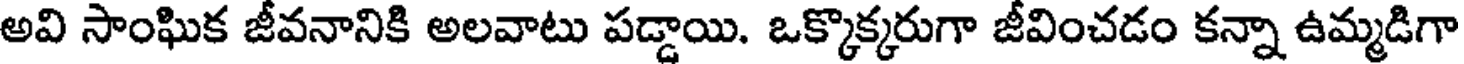
అవి సాంఘిక జీవనానికి అలవాటు పడ్డాయి. ఒక్కొక్కరుగా జీవించడం కన్నా ఉమ్మడిగా